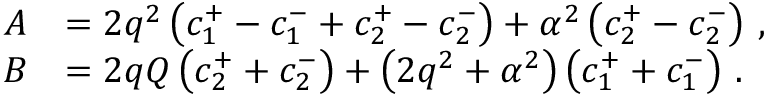
\begin{array} { r l } { A } & { = 2 q ^ { 2 } \left( c _ { 1 } ^ { + } - c _ { 1 } ^ { - } + c _ { 2 } ^ { + } - c _ { 2 } ^ { - } \right) + \alpha ^ { 2 } \left( c _ { 2 } ^ { + } - c _ { 2 } ^ { - } \right) \, , } \\ { B } & { = 2 q Q \left( c _ { 2 } ^ { + } + c _ { 2 } ^ { - } \right) + \left( 2 q ^ { 2 } + \alpha ^ { 2 } \right) \left( c _ { 1 } ^ { + } + c _ { 1 } ^ { - } \right) \, . } \end{array}